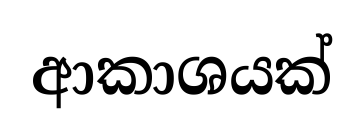
ආකාශයක්